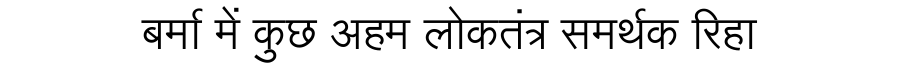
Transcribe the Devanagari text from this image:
बर्मा में कुछ अहम लोकतंत्र समर्थक रिहा